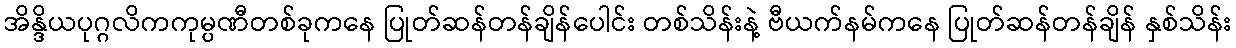
အိန္ဒိယပုဂ္ဂလိကကုမ္ပဏီတစ်ခုကနေ ပြုတ်ဆန်တန်ချိန်ပေါင်း တစ်သိန်းနဲ့ ဗီယက်နမ်ကနေ ပြုတ်ဆန်တန်ချိန် နှစ်သိန်း